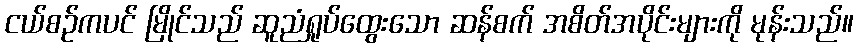
ငယ်စဉ်ကပင် မြိုင်သည် ဆူညံရှုပ်ထွေးသော ဆန်စက် အစိတ်အပိုင်းများကို မုန်းသည်။